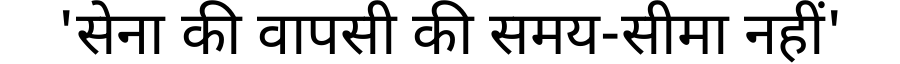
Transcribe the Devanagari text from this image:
'सेना की वापसी की समय-सीमा नहीं'